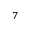
_ 7